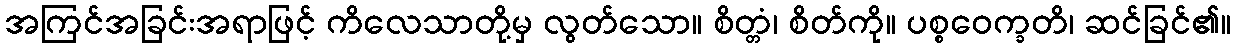
အကြင်အခြင်းအရာဖြင့် ကိလေသာတို့မှ လွတ်သော။ စိတ္တံ၊ စိတ်ကို။ ပစ္စဝေက္ခတိ၊ ဆင်ခြင်၏။